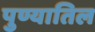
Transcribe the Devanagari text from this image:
पुण्यातिल